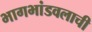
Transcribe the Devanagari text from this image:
भागभांडवलाची